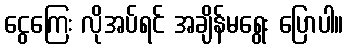
ငွေကြေး လိုအပ်ရင် အချိန်မရွေး ပြောပါ။